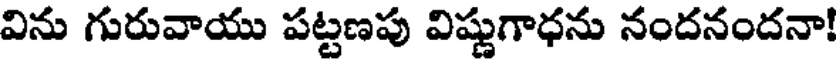
విను గురువాయు పట్టణపు విష్ణుగాధను నందనందనా!